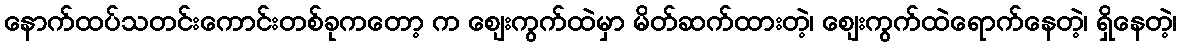
နောက်ထပ်သတင်းကောင်းတစ်ခုကတော့ က ဈေးကွက်ထဲမှာ မိတ်ဆက်ထားတဲ့၊ ဈေးကွက်ထဲရောက်နေတဲ့၊ ရှိနေတဲ့၊